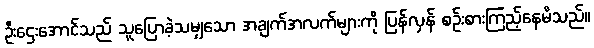
ဦးဌေးအောင်သည် သူပြောခဲ့သမျှသော အချက်အလက်များကို ပြန်လှန် စဉ်းစားကြည့်နေမိသည်။